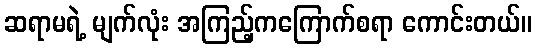
ဆရာမရဲ့ မျက်လုံး အကြည့်ကကြောက်စရာ ကောင်းတယ်။